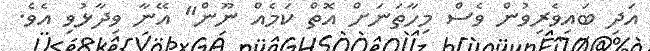
އަދި ބައިވެރިވުން ވެސް މިހާތަނަށް އޮތް ކަމެއް ނޫން" އޭނާ ވިދާޅުވި އެވެ.